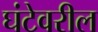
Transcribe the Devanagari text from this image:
घंटेवरील